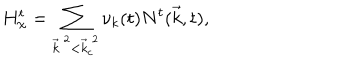
LaTeX: H _ { \chi } ^ { t } = \sum _ { { \vec { k } } ^ { ~ 2 } < { \vec { k } } _ { c } ^ { ~ 2 } } { \nu } _ { k } ( t ) N ^ { t } ( { \vec { k } } , t ) ,